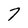
Character: 7